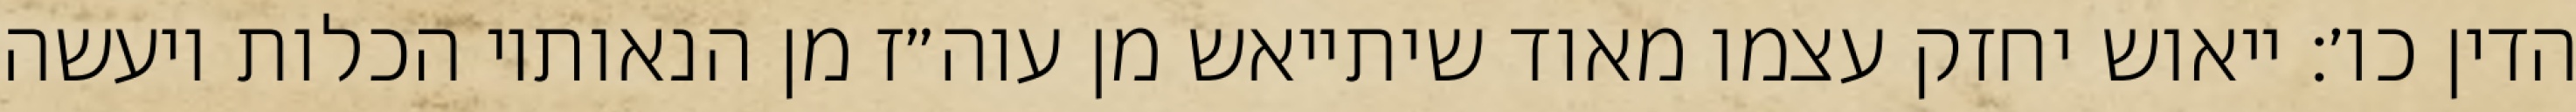
הדין כו׳: ייאוש יחזק עצמו מאוד שיתייאש מן עוה״ז מן הנאותיו הכלות ויעשה